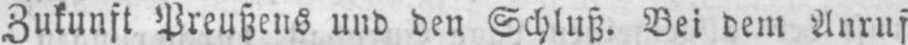
Zukunft Preußens und den Schluß. Bei dem Anruf